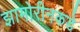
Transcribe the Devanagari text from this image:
झामोरीनकडे